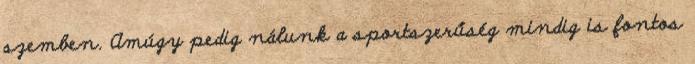
szemben. Amúgy pedig nálunk a sportszerűség mindig is fontos